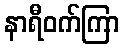
နာရီဝက်ကြာ